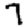
Digit: 7